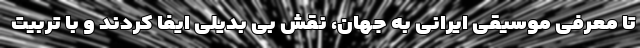
تا معرفی موسیقی ایرانی به جهان، نقش بی بدیلی ایفا کردند و با تربیت